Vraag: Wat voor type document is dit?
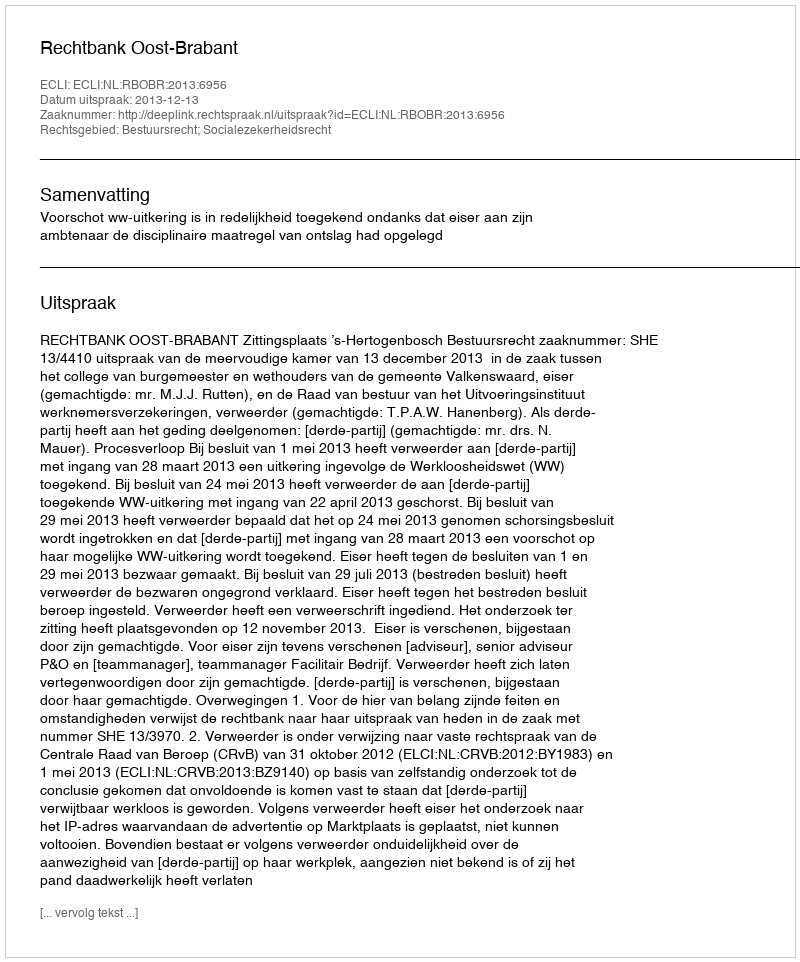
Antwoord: Uitspraak